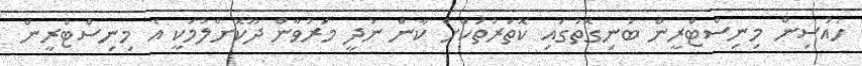
ހައުސިން މިނިސްޓްރީން ބުނިގޮތުގައި ކޮތަރުތަކަށް ކާން ނުދީ މަރުވާން ދޫކޮށްލުމަކީ އެ މިނިސްޓްރީން